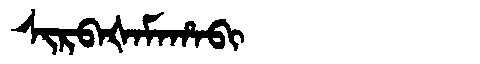
Manchu: ᠰᡳᡵᠪᠠᡧᠠᠮᠠᡥᠠᠪᡳ
Romanization: SIRBAŠAMAHABI